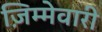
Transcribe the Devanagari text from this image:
ज़िम्मेवारी